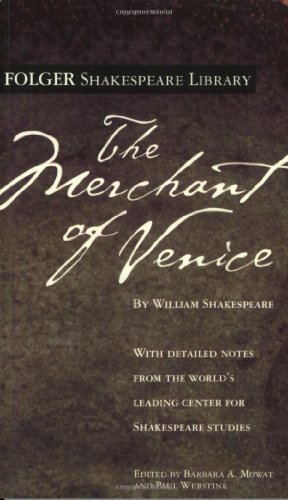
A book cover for The Merchant of Venice (Folger Shakespeare Library); William Shakespeare; Humor & Entertainment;